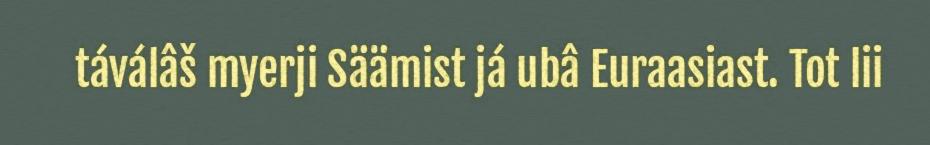
táválâš myerji Säämist já ubâ Euraasiast. Tot lii